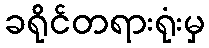
ခရိုင်တရားရုံးမှ